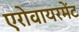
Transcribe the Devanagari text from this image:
एरोवायरमेंट